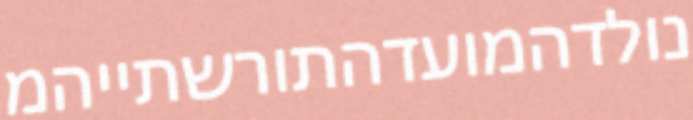
נולדהמועדהתורשתייהמ